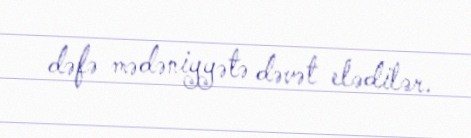
dəfə mədəniyyətə dəvət elədilər.